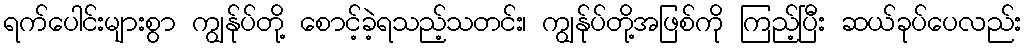
ရက်ပေါင်းများစွာ ကျွန်ုပ်တို့ စောင့်ခဲ့ရသည့်သတင်း၊ ကျွန်ုပ်တို့အဖြစ်ကို ကြည့်ပြီး ဆယ်ခုပ်ပေလည်း